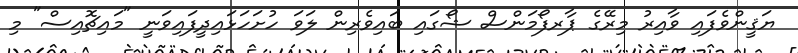
ޔަޤީންވެފައި ވާއިރު މިރޭގެ ޕާރފޯމަންސް ޝޯގައި ބައިވެރިން ލަވަ ހުށަހަޅައިދީފައިވަނީ "މައިޗޮއިސް" މި